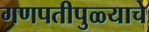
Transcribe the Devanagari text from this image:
गणपतीपुळ्याचे